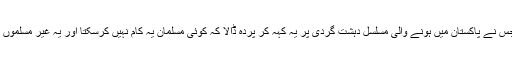
یہی وہ سوچ ہے جس نے پاکستان میں ہونے والی مسلسل دہشت گردی پر یہ کہہ کر پردہ ڈالا کہ کوئی مسلمان یہ کام نہیں کرسکتا اور یہ غیر مسلموں کی کارستانی ہے۔